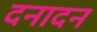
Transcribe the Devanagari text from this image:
दनादन